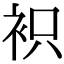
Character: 𧙋